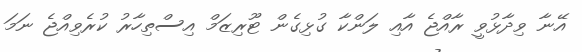
އޭނާ ވިދާޅުވީ ރާއްޖެ އާއި ލަންކާ ގުޅިގެން ޓޫރިޒަމް އިސްތިހާރު ކުރެވިއްޖެ ނަމަ